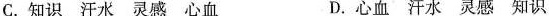
C.知识汗水灵感心血 D.心血汗水灵感知识